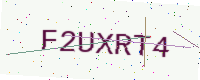
Text: F2UXRT4